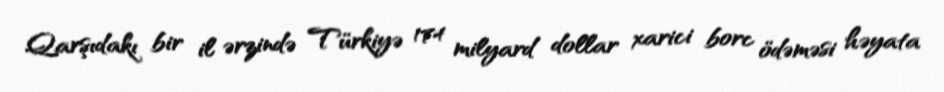
Qarşıdakı bir il ərzində Türkiyə 174 milyard dollar xarici borc ödəməsi həyata